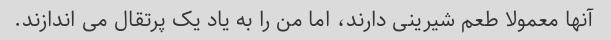
آنها معمولا طعم شیرینی دارند، اما من را به یاد یک پرتقال می اندازند.